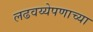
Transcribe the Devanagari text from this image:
लढवय्येपणाच्या